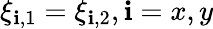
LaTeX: \xi_{\mathbf{i},1}=\xi_{\mathbf{i},2},\mathbf{i}=x,y